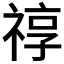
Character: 𥚠